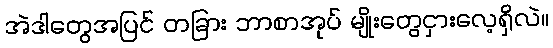
အဲဒါတွေအပြင် တခြား ဘာစာအုပ် မျိုးတွေငှားလေ့ရှိလဲ။